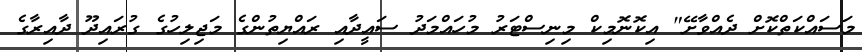
މަސައްކަތްކޮށް ދެއްވާށޭ" އިކޮނޮމިކް މިނިސްޓަރު މުހައްމަދު ސައީދާއި ރައްޔިތުންގެ މަޖިލިހުގެ ގުރައިދޫ ދާއިރާގެ